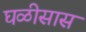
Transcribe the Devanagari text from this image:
घळीसास